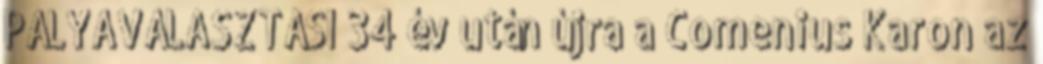
PÁLYAVÁLASZTÁSI 34 év után újra a Comenius Karon az